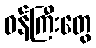
ဝန်ကြီးတွေ